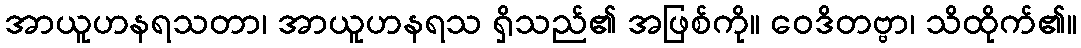
အာယူဟနရသတာ၊ အာယူဟနရသ ရှိသည်၏ အဖြစ်ကို။ ဝေဒိတဗ္ဗာ၊ သိထိုက်၏။